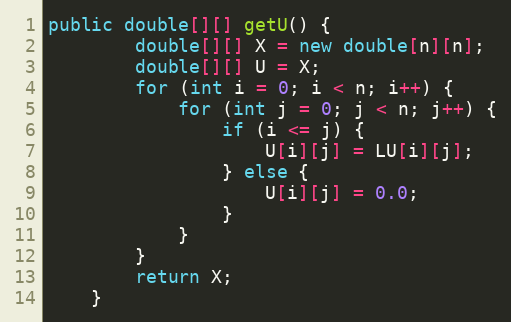
Language: Java
public double[][] getU() {
        double[][] X = new double[n][n];
        double[][] U = X;
        for (int i = 0; i < n; i++) {
            for (int j = 0; j < n; j++) {
                if (i <= j) {
                    U[i][j] = LU[i][j];
                } else {
                    U[i][j] = 0.0;
                }
            }
        }
        return X;
    }